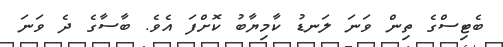
ބެޓިސްގެ ތިން ވަނަ ލަނޑު ކާމިޔާބު ކޮށްފަ އެވެ. ބާސާގެ ދެ ވަނަ